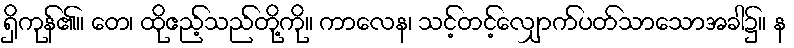
ရှိကုန်၏။ တေ၊ ထိုဧည့်သည်တို့ကို။ ကာလေန၊ သင့်တင့်လျှောက်ပတ်သာသောအခါ၌။ န